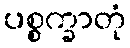
ပစ္စက္ခာတုံ